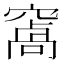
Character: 𮄑